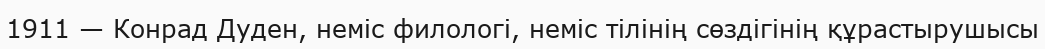
1911 — Конрад Дуден, неміс филологі, неміс тілінің сөздігінің құрастырушысы